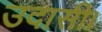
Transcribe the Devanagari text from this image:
उदासी।